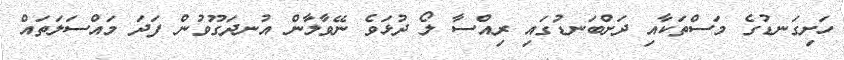
ހަށިގަނޑުގެ މަސްތަކާއި ދަށްބަނޑުގައި ރިއްސާ ލޯ ދުޅަވެ ނޭވާލާން އުނދަގޫވުން ފަދަ މައްސަލަތައް